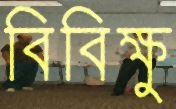
বিবিক্ষু